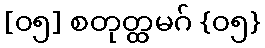
[၀၅] စတုတ္ထမဂ် {၀၅}